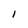
Character: i